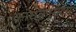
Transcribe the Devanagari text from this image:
काराकासला